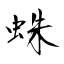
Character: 蛛